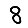
Digit: 8